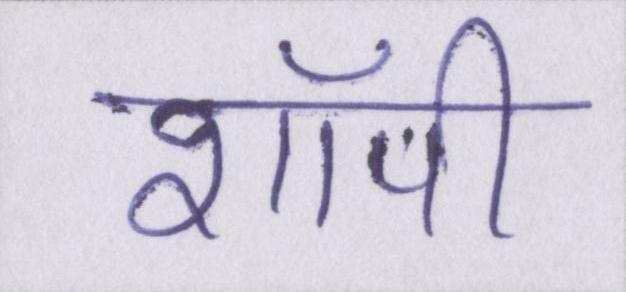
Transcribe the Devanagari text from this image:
शॉपी